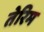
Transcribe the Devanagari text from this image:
तेरिम